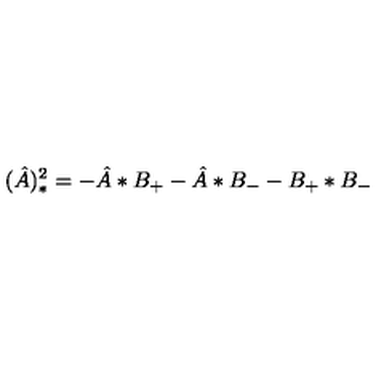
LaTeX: ( \hat { A } ) _ { * } ^ { 2 } = - \hat { A } * B _ { + } - \hat { A } * B _ { - } - B _ { + } * B _ { - }